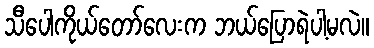
သီပေါကိုယ်တော်လေးက ဘယ်ပြောရဲပါ့မလဲ။